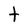
Character: t